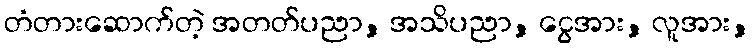
တံတားဆောက်တဲ့ အတတ်ပညာ, အသိပညာ, ငွေအား, လူအား,